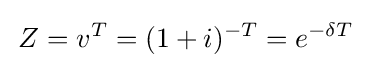
\,Z=v^{T}=(1+i)^{-T}=e^{-\delta T}